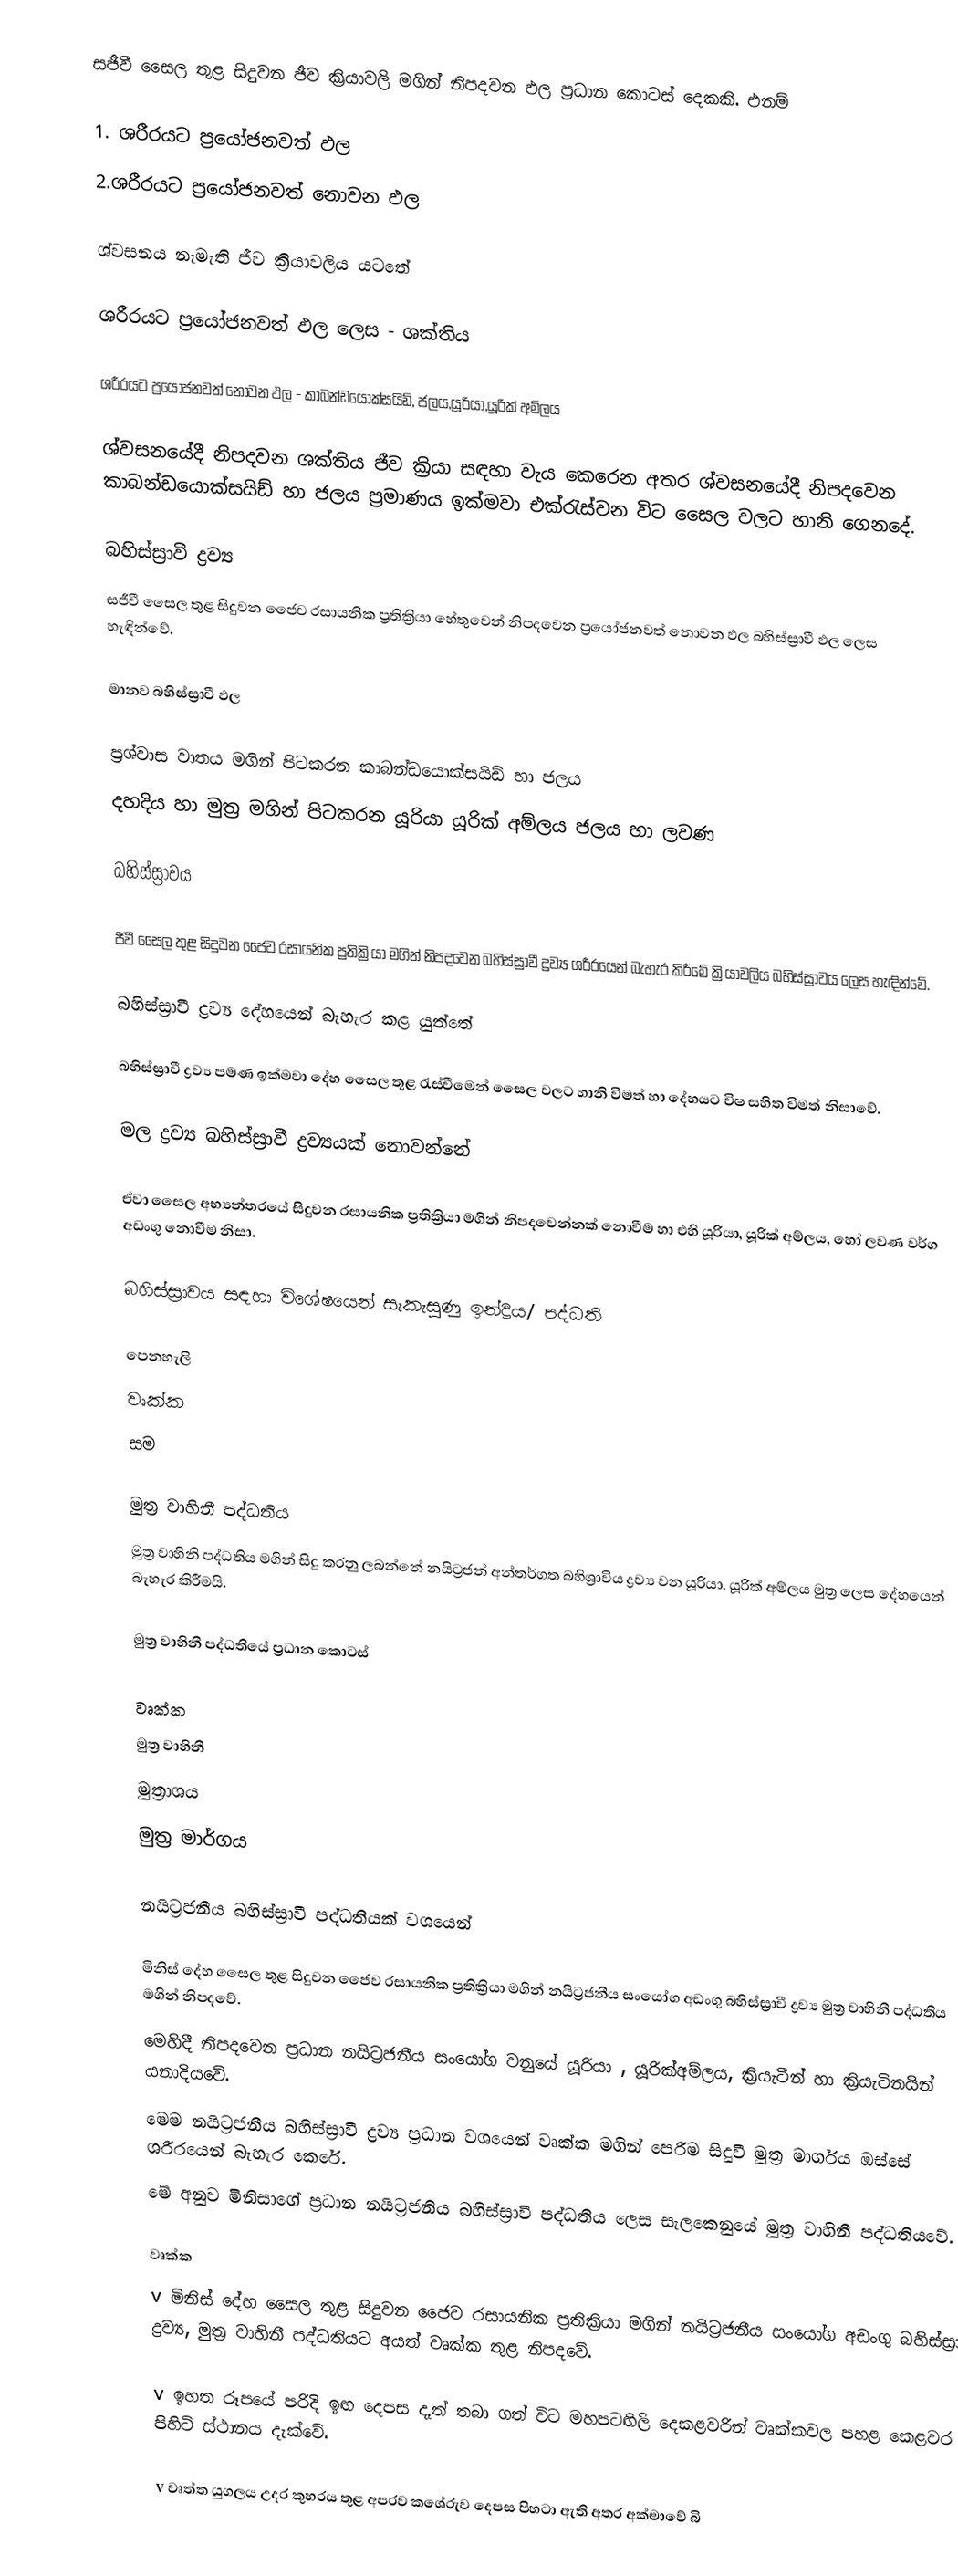
සජීවී සෛල තුළ සිදුවන ජීව ක්‍රියාවලි මගින් නිපදවන ඵල ප්‍රධාන කොටස් දෙකකි. එනම්

1. ශරීරයට ප්‍රයෝජනවත් ඵල
2.ශරීරයට ප්‍රයෝජනවත් නොවන ඵල

ශ්වසනය නැමැති ජීව ක්‍රියාවලිය යටතේ

 ශරීරයට ප්‍රයෝජනවත් ඵල ලෙස      -  ශක්තිය

ශරීරයට ප්‍රයෝජනවත් නොවන ඵල -  කාබන්ඩයොක්සයිඩ්, ජලය,යූරියා,යූරික් අම්ලය

ශ්වසනයේදී නිපදවන ශක්තිය ජීව ක්‍රියා සඳහා වැය කෙරෙන අතර ශ්වසනයේදී නිපදවෙන  කාබන්ඩයොක්සයිඩ් හා ජලය ප්‍රමාණය ඉක්මවා එක්රැස්වන විට සෛල වලට හානි ගෙනදේ.

බහිස්ස්‍රාවී ද්‍රව්‍ය
සජීවී සෛල තුළ සිදුවන ජෛව රසායනික ප්‍රතික්‍රියා හේතුවෙන් නිපදවෙන ප්‍රයෝජනවත් නොවන  ඵල බහිස්ස්‍රාවී ඵල ලෙස හැඳින්වේ.

මානව බහිස්ස්‍රාවී ඵල

  ප්‍රශ්වාස වාතය මගින් පිටකරන කාබන්ඩයොක්සයිඩ් හා ජලය
 දහදිය හා මුත්‍ර මගින් පිටකරන යූරියා යූරික් අම්ලය ජලය හා ලවණ

බහිස්ස්‍රාවය

  ජීවී සෛල තුළ සිදුවන ජෛව රසායනික ප්‍රතික්‍රියා මගින් නිපදවෙන බහිස්ස්‍රාවී ද්‍රව්‍ය ශරීරයෙන් බැහැර කිරීමේ ක්‍රියාවලිය බහිස්ස්‍රාවය ලෙස හැඳින්වේ.

බහිස්ස්‍රාවී ද්‍රව්‍ය දේහයෙන් බැහැර කළ යුත්තේ

 බහිස්ස්‍රාවී ද්‍රව්‍ය පමණ ඉක්මවා දේහ සෛල තුළ රැස්වීමෙන් සෛල වලට හානි විමත් හා දේහයට විෂ සහිත විමත් නිසාවේ.

මල ද්‍රව්‍ය බහිස්ස්‍රාවී ද්‍රව්‍යයක් නොවන්නේ

 ඒවා සෛල අභ්‍යන්තරයේ සිදුවන රසායනික ප්‍රතික්‍රියා මගින් නිපදවෙන්නක් නොවීම හා එහි යූරියා, යූරික් අම්ලය, හෝ ලවණ වර්ග අඩංගු නොවීම නිසා.

බහිස්ස්‍රාවය සඳහා විශේෂයෙන් සැකැසුණු ඉන්ද්‍රිය/ පද්ධති

  පෙනහැලි
  වෘක්ක
  සම

මුත්‍ර වාහිනී පද්ධතිය
මුත්‍ර වාහිනි පද්ධතිය මගින් සිදු කරනු ලබන්නේ නයිට්‍රජන් අන්තර්ගත බහිශ්‍රාවිය ද්‍රව්‍ය වන යූරියා, යූරික් අම්ලය මුත්‍ර ලෙස දේහයෙන් බැහැර කිරීමයි.

මුත්‍ර වාහිනී පද්ධතියේ ප්‍රධාන කොටස්

 වෘක්ක
 මුත්‍ර වාහිනී
 මුත්‍රාශය
 මුත්‍ර මාර්ගය

නයිට්‍රජනීය බහිස්ස්‍රාවී පද්ධතියක් වශයෙන්

 මිනිස් දේහ සෛල තුළ සිදුවන ජෛව රසායනික ප්‍රතික්‍රියා මගින් නයිට්‍රජනීය සංයෝග අඩංගු බහිස්ස්‍රාවී ද්‍රව්‍ය මුත්‍ර වාහිනී පද්ධතිය මගින් නිපදවේ.
 මෙහිදී නිපදවෙන ප්‍රධාන නයිට්‍රජනීය සංයෝග වනුයේ යූරියා , යූරික්අම්ලය, ක්‍රියැටීන් හා ක්‍රියැටිනයින් යනාදියවේ.
 මෙම නයිට්‍රජනීය බහිස්ස්‍රාවී ද්‍රව්‍ය ප්‍රධාන වශයෙන් වෘක්ක මගින් පෙරීම සිදුවී මුත්‍ර මාර්ගය ඔස්සේ ශරීරයෙන් බැහැර කෙරේ.
 මේ අනුව මිනිසාගේ ප්‍රධාන නයිට්‍රජනීය බහිස්ස්‍රාවී පද්ධතිය ලෙස සැලකෙනුයේ මුත්‍ර වාහිනී පද්ධතියවේ.

වෘක්ක
v  මිනිස් දේහ සෛල තුළ සිදුවන ජෛව රසායනික ප්‍රතික්‍රියා මගින් නයිට්‍රජනීය සංයෝග අඩංගු බහිස්ස්‍රාවී ද්‍රව්‍ය, මුත්‍ර වාහිනී පද්ධතියට අයත් වෘක්ක තුළ නිපදවේ.

v  ඉහත රූපයේ පරිදි ඉඟ දෙපස දෑත් තබා ගත් විට මහපටඟිලි දෙකළවරින් වෘක්කවල පහළ කෙළවර පිහිටි ස්ථානය දැක්වේ.

v  වෘත්ත යුගලය උදර කුහරය තුළ අපරව කශේරුව දෙපස පිහටා ඇති අතර අක්මාවේ බි